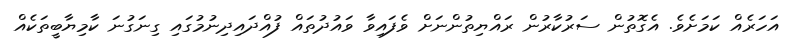
އަހަރެއް ކަމަށެވެ. އެގޮތުން ސަރުކާރުން ރައްޔިތުންނަށް ވެފައިވާ ވައުދުތައް ފުއްދައިދިނުމުގައި ގިނަގުނަ ކާމިޔާބީތަކެއް